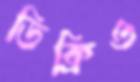
ডিক্রিও